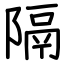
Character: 隔